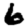
Digit: 6